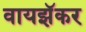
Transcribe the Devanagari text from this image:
वायझॅकर